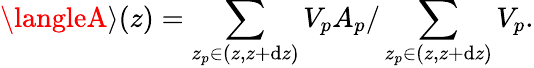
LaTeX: \langleA\rangle(z)=\sum_{z_{p}\in(z,z+\mathrm{d}z)}V_{p}A_{p}/\sum_{z_{p}\in(z,z+\mathrm{d}z)}V_{p}.